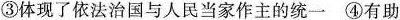
③体现了依法治国与人民当家作主的统一④有助